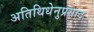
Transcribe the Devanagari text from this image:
अतिथिधेनुप्रसाद